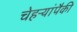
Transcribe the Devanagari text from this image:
चेहऱ्यांपैकी